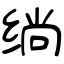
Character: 绱